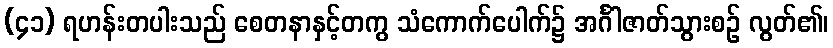
(၄၁) ရဟန်းတပါးသည် စေတနာနှင့်တကွ သံကောက်ပေါက်၌ အင်္ဂါဇာတ်သွားစဉ် လွတ်၏၊